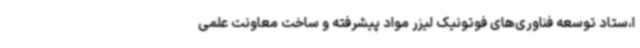
ا،ستاد توسعه فناوری‌های فوتونیک لیزر مواد پیشرفته و ساخت معاونت علمی